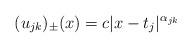
LaTeX: \begin{align*} (u_{jk})_\pm(x) = c|x-t_j|^{\alpha_{jk}}\end{align*}